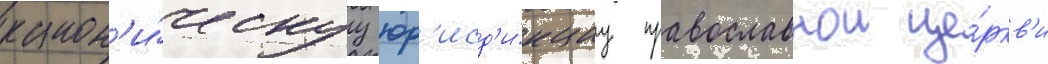
канон'и́ческуу юр'исд'и́кциу православнои це́ркв'и